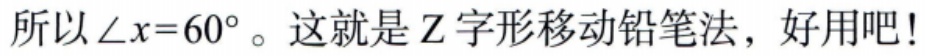
所以\(\angle x = 60^{\circ}\)。这就是Z字形移动铅笔法，好用吧!